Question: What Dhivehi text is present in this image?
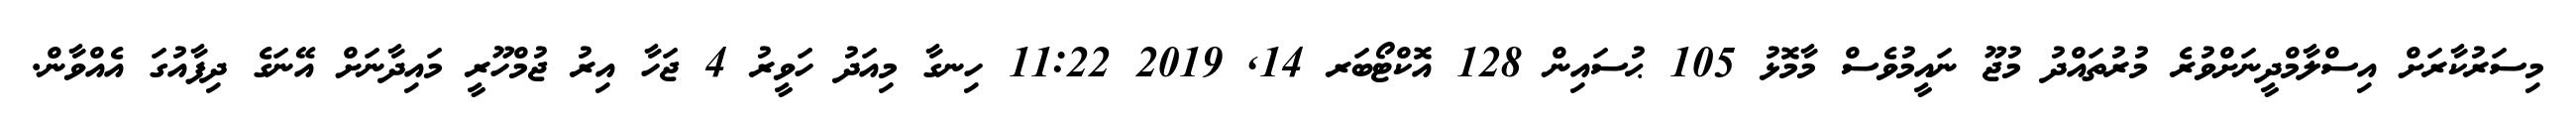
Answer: މިސަރުކާރަށް އިސްލާމްދީނަށްވުރެ މުރުތައްދު މުޖޫ ނައީމުވެސް މާމޮޅު 105 ޙުސައިން 128 އޮކްޓޯބަރ 14, 2019 11:22 ހިނގާ މިއަދު ހަވީރު 4 ޖަހާ އިރު ޖުމްހޫރީ މައިދާނަށް އޭނަގެ ދިފާއުގަ އެއްވާން.